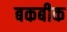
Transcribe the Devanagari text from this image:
बकबीक